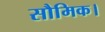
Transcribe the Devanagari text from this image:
सौमिक।